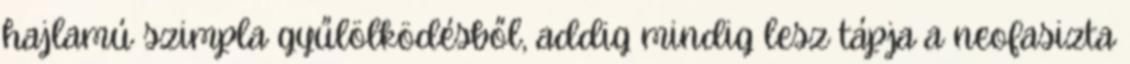
hajlamú szimpla gyűlölködésből, addig mindig lesz tápja a neofasizta